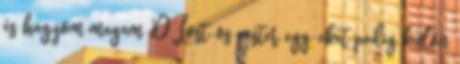
és hagyom magam :D Lost-os easter egg-eket pedig külön